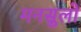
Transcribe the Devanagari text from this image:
मनसुलो